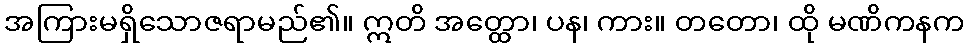
အကြားမရှိသောဇရာမည်၏။ ဣတိ အတ္ထော၊ ပန၊ ကား။ တတော၊ ထို မဏိကနက